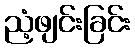
ညံ့ဖျင်းခြင်း